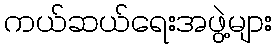
ကယ်ဆယ်ရေးအဖွဲ့များ